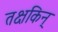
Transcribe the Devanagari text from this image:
तक्षकिन्